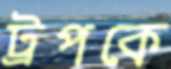
ট্রপকে